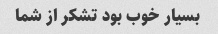
بسیار خوب بود تشکر از شما